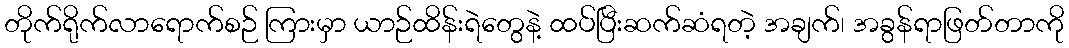
တိုက်ရိုက်လာရောက်စဉ် ကြားမှာ ယာဉ်ထိန်းရဲတွေနဲ့ ထပ်ပြီးဆက်ဆံရတဲ့ အချက်၊ အခွန်ရာဖြတ်တာကို